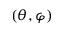
( \theta , \varphi )